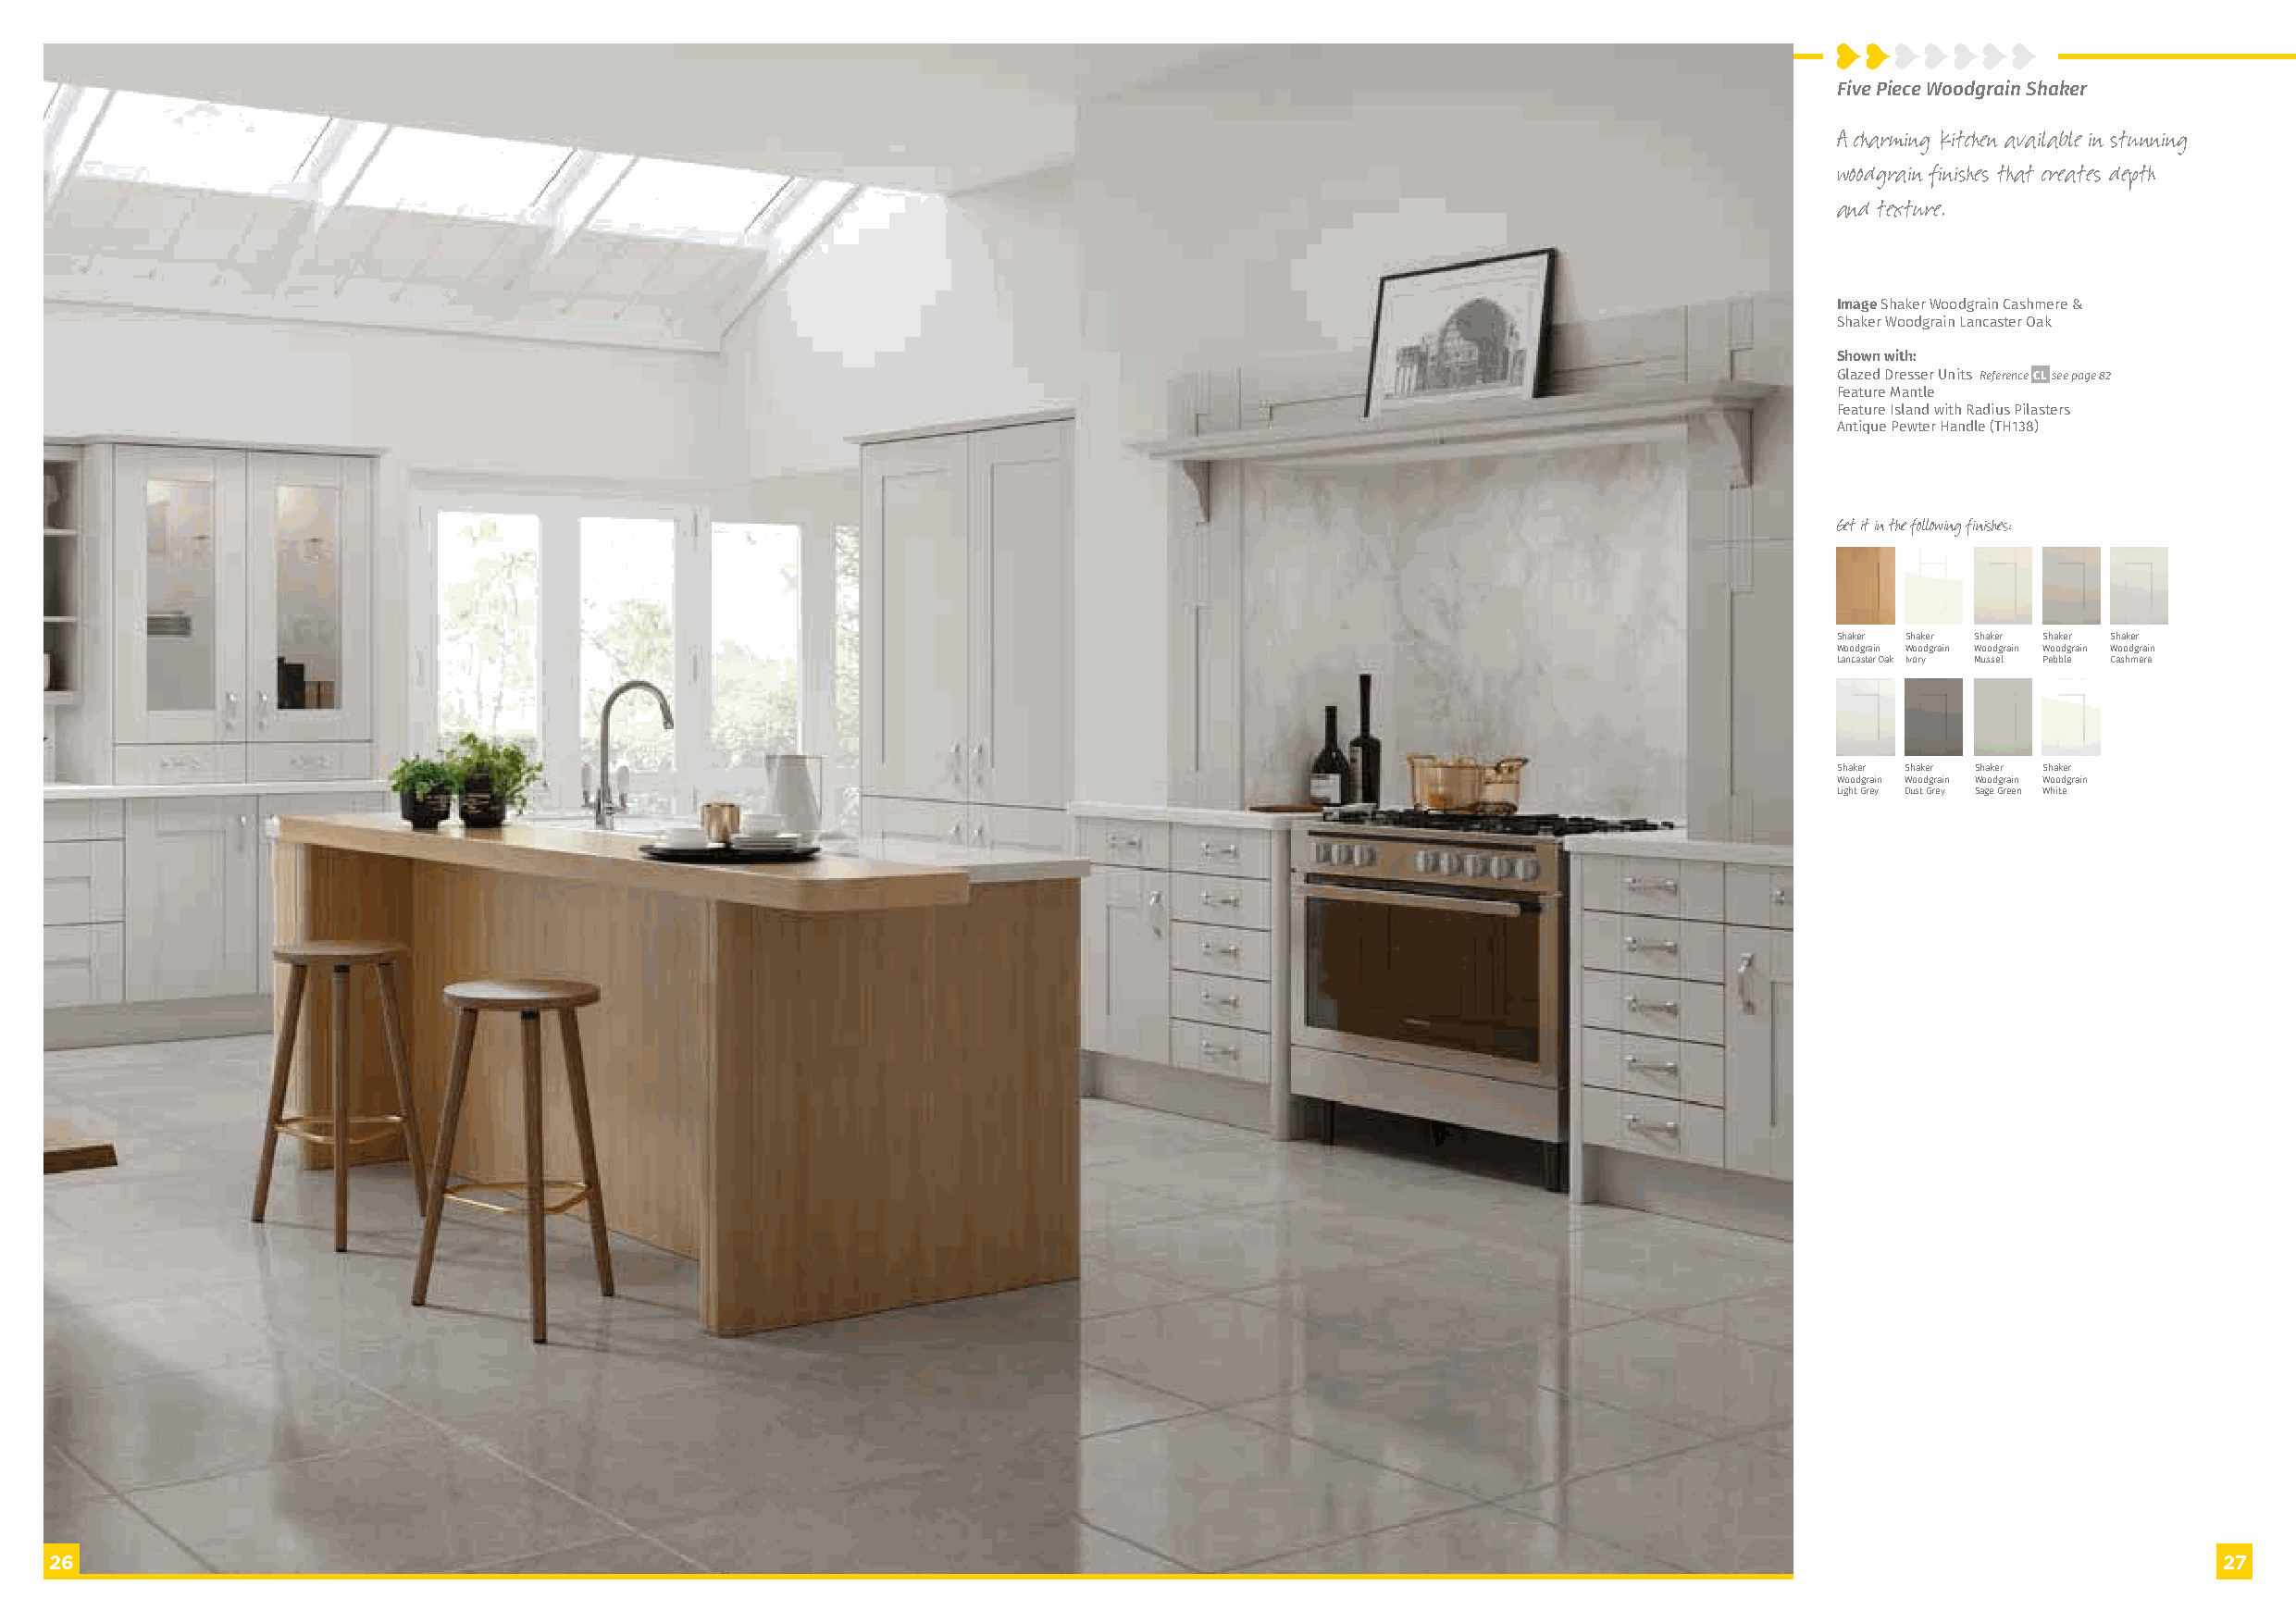
Five Piece Woodgrain Shaker
 A charming kitchen available in stunning
 woodgrain finishes that creates depth
 and texture.
 Image Shaker Woodgrain Cashmere &
 Shaker Woodgrain Lancaster Oak
 Shown with:
 Glazed Dresser Units Reference CL see page 82
 Feature Mantle
 Feature Island with Radius Pilasters
 Antique Pewter Handle (TH138)
 Get it in the following finishes:
 Shaker Shaker Shaker Shaker Shaker
 Woodgrain Woodgrain Woodgrain Woodgrain Woodgrain
 Lancaster Oak Ivory Mussel Pebble Cashmere
 Shaker Shaker Shaker Shaker
 Woodgrain Woodgrain Woodgrain Woodgrain
 Light Grey Dust Grey Sage Green White
 26                                                                                                                                                         27